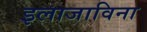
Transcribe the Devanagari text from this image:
इलाजाविना